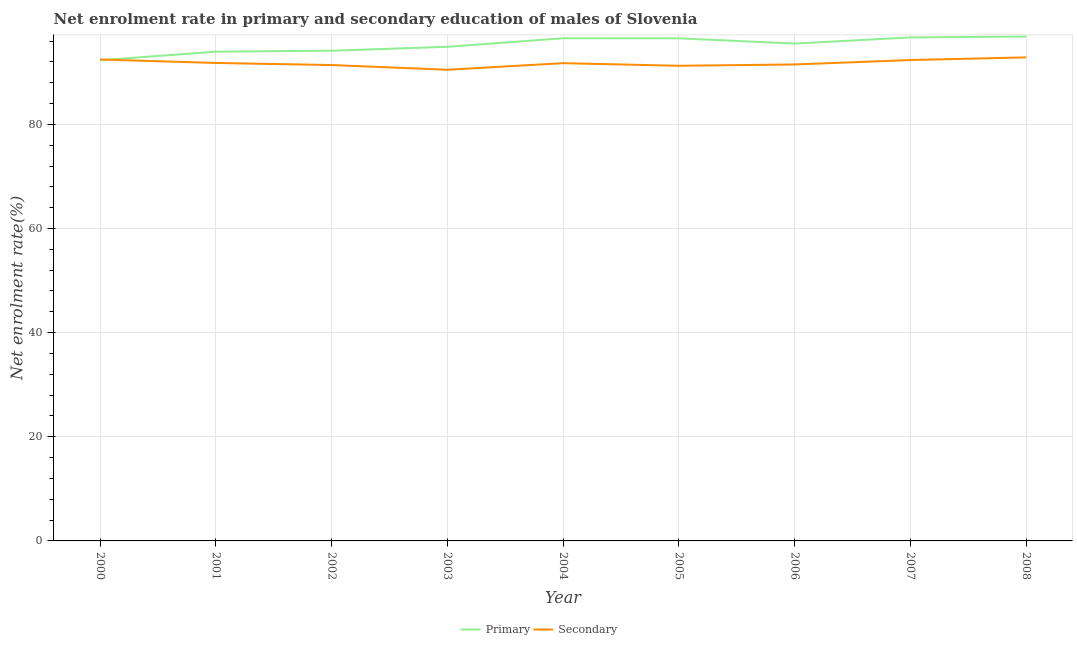
| Year | Primary | Secondary |
 | --- | --- | --- |
 | 2000 | 92.3 | 92.5 |
 | 2001 | 94 | 91.8 |
 | 2002 | 94.1 | 91.4 |
 | 2003 | 94.9 | 90.5 |
 | 2004 | 96.5 | 91.8 |
 | 2005 | 96.5 | 91.3 |
 | 2006 | 95.5 | 91.5 |
 | 2007 | 96.7 | 92.4 |
 | 2008 | 96.9 | 92.9 |